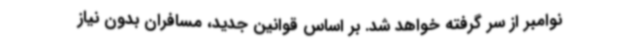
نوامبر از سر گرفته خواهد شد. بر اساس قوانین جدید، مسافران بدون نیاز